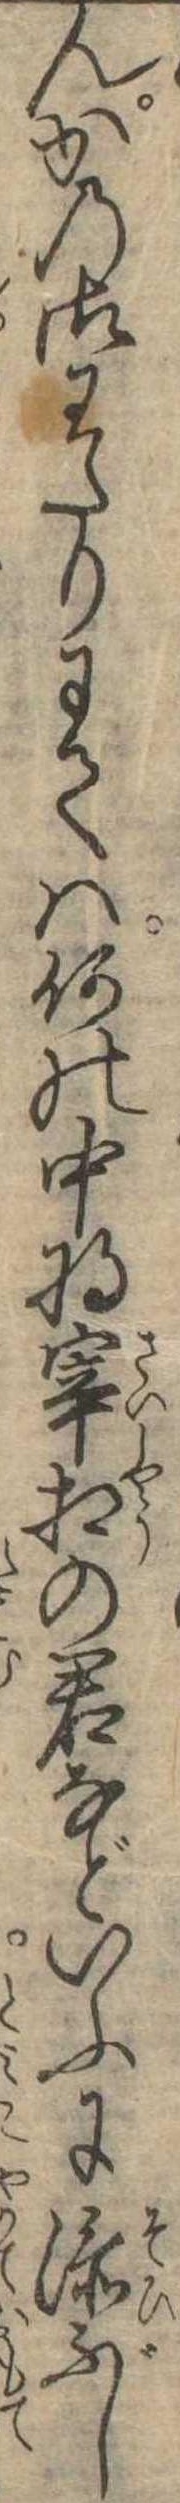
んかの御わたりにては何の中将宰相の君などいふに添ぶし